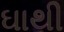
ઘાથી